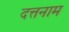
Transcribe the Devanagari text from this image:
दत्तनाम